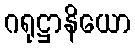
ဂရုဋ္ဌာနိယော